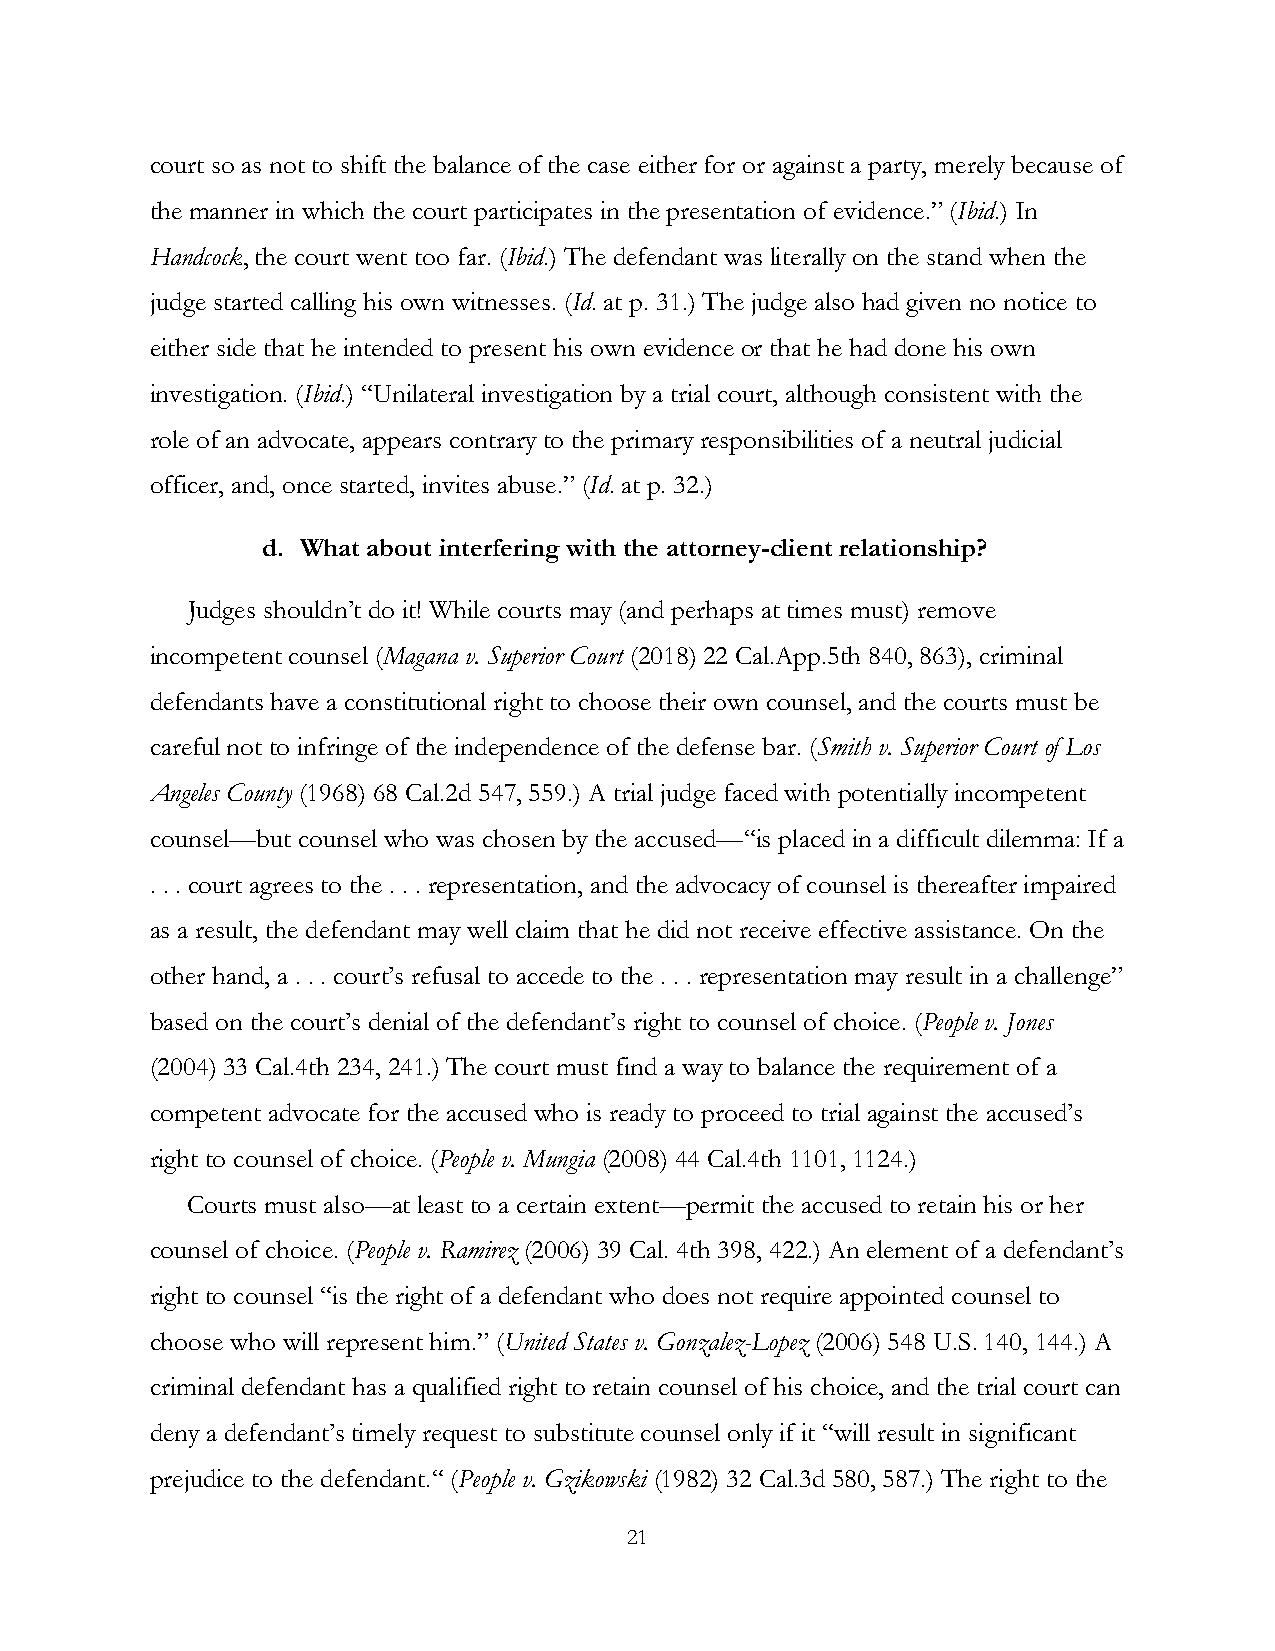
court so as not to shift the balance of the case either for or against a party, merely because of
 the manner in which the court participates in the presentation of evidence.” (Ibid.) In
 Handcock, the court went too far. (Ibid.) The defendant was literally on the stand when the
 judge started calling his own witnesses. (Id. at p. 31.) The judge also had given no notice to
 either side that he intended to present his own evidence or that he had done his own
 investigation. (Ibid.) “Unilateral investigation by a trial court, although consistent with the
 role of an advocate, appears contrary to the primary responsibilities of a neutral judicial
 officer, and, once started, invites abuse.” (Id. at p. 32.)
 d. What about interfering with the attorney-client relationship?
 Judges shouldn’t do it! While courts may (and perhaps at times must) remove
 incompetent counsel (Magana v. Superior Court (2018) 22 Cal.App.5th 840, 863), criminal
 defendants have a constitutional right to choose their own counsel, and the courts must be
 careful not to infringe of the independence of the defense bar. (Smith v. Superior Court of Los
 Angeles County (1968) 68 Cal.2d 547, 559.) A trial judge faced with potentially incompetent
 counsel—but counsel who was chosen by the accused—“is placed in a difficult dilemma: If a
 . . . court agrees to the . . . representation, and the advocacy of counsel is thereafter impaired
 as a result, the defendant may well claim that he did not receive effective assistance. On the
 other hand, a . . . court’s refusal to accede to the . . . representation may result in a challenge”
 based on the court’s denial of the defendant’s right to counsel of choice. (People v. Jones
 (2004) 33 Cal.4th 234, 241.) The court must find a way to balance the requirement of a
 competent advocate for the accused who is ready to proceed to trial against the accused’s
 right to counsel of choice. (People v. Mungia (2008) 44 Cal.4th 1101, 1124.)
 Courts must also—at least to a certain extent—permit the accused to retain his or her
 counsel of choice. (People v. Ramirez (2006) 39 Cal. 4th 398, 422.) An element of a defendant’s
 right to counsel “is the right of a defendant who does not require appointed counsel to
 choose who will represent him.” (United States v. Gonzalez-Lopez (2006) 548 U.S. 140, 144.) A
 criminal defendant has a qualified right to retain counsel of his choice, and the trial court can
 deny a defendant’s timely request to substitute counsel only if it “will result in significant
 prejudice to the defendant.“ (People v. Gzikowski (1982) 32 Cal.3d 580, 587.) The right to the
 21